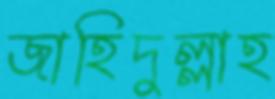
জাহিদুল্লাহ